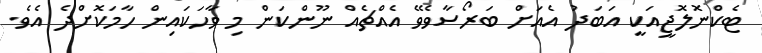
ޓެކްނޮލޮޖީއަކީ އަބަދު އެއަށް ބަރޯސާވެވޭ އެއްޗެއް ނޫންކަން މި ވާހަކައިން ހާމަކޮށްދެ އެވެ.